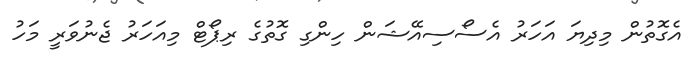
އެގޮތުން މިދިޔަ އަހަރު އެސޯސިއޭޝަން ހިންގި ގޮތުގެ ރިޕޯޓް މިއަހަރު ޖެނުވަރީ މަހު